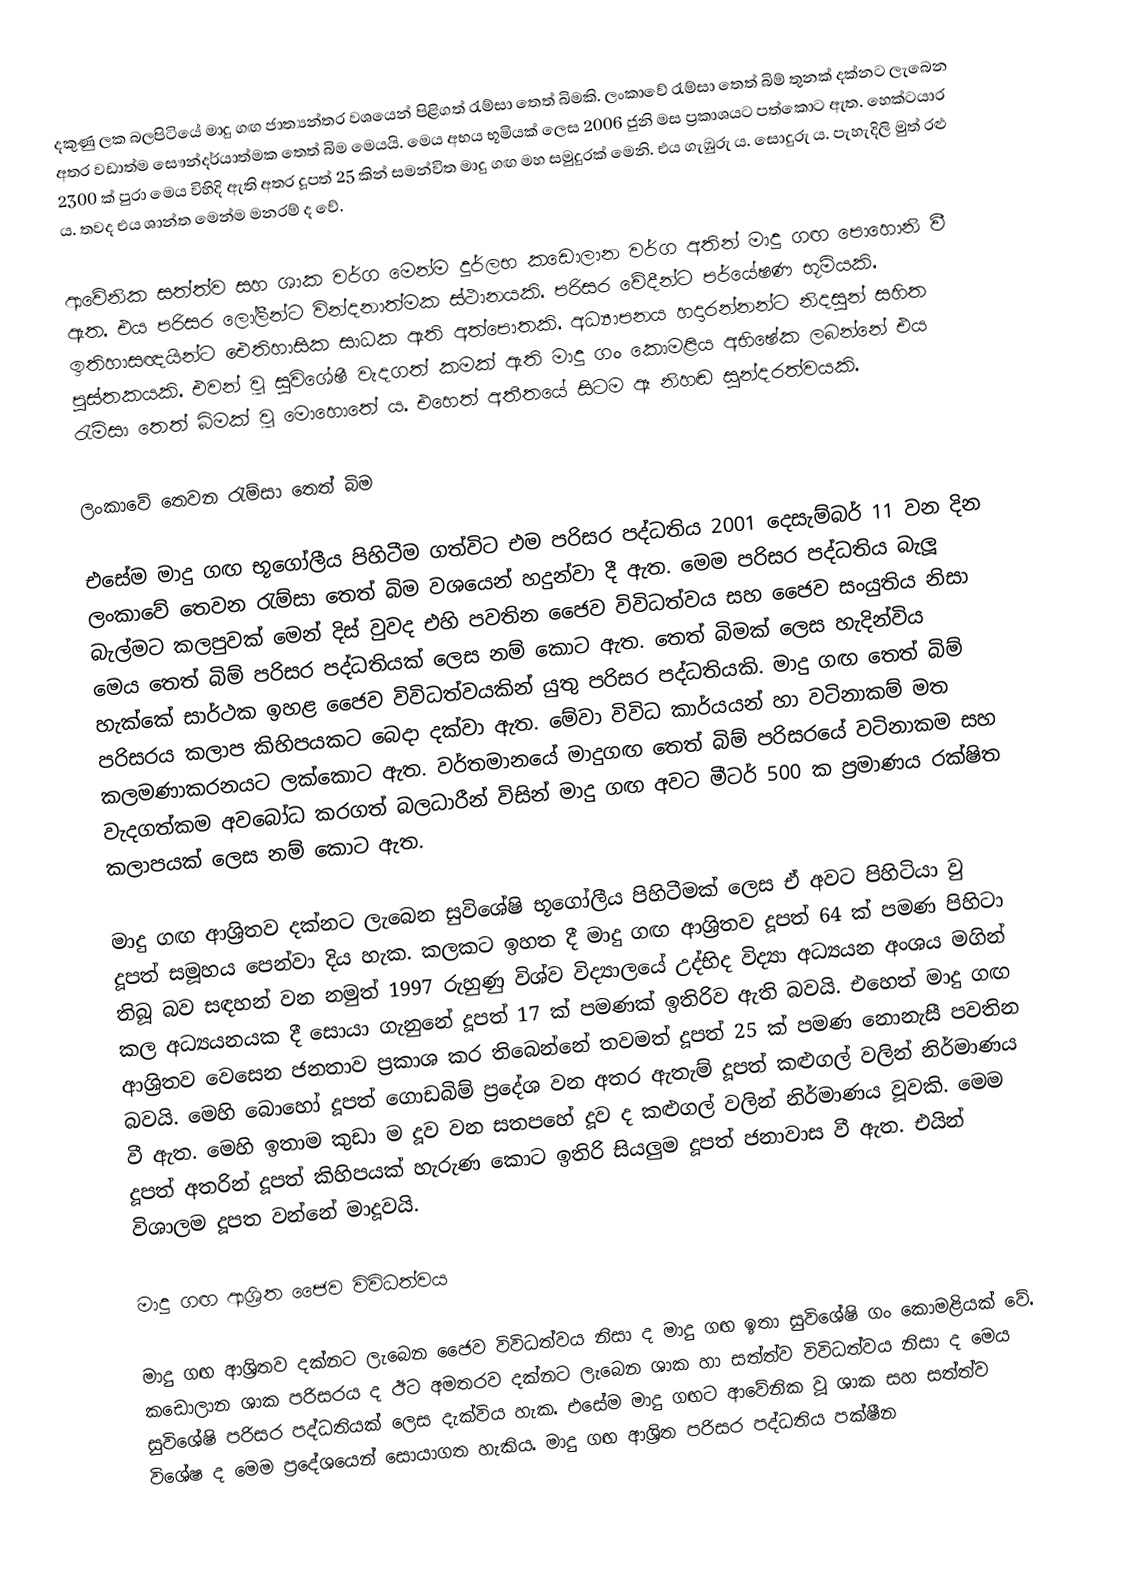
දකුණු ලක බලපිටියේ මාදු ගඟ ජාත්‍යන්තර වශයෙන් පිළිගත් රැම්සා තෙත් බිමකි. ලංකාවේ රැම්සා තෙත් බිම් තුනක් දක්නට ලැබෙන අතර වඩාත්ම සෞන්දර්යාත්මක තෙත් බිම මෙයයි. මෙය අභය භූමියක් ලෙස 2006 ජුනි මස ප්‍රකාශයට පත්කොට ඇත. හෙක්ටයාර 2300 ක් පුරා මෙය විහිදි ඇති අතර දූපත් 25 කින් සමන්විත මාදු ගඟ මහ සමුදුරක් මෙනි. එය ගැඹුරු ය. සොදුරු ය. පැහැදිලි මුත් රළු ය. තවද එය ශාන්ත මෙන්ම මනරම් ද වේ.

ආවේනික සත්ත්ව සහ ශාක වර්ග මෙන්ම දුර්ලභ කඩොලාන වර්ග අතින් මාදු ගඟ පොහොනි වී ඇත. එය පරිසර ලෝලීන්ට වින්දනාත්මක ස්ථානයකි. පරිසර වේදීන්ට පර්යේෂණ භූමියකි. ඉතිහාසඥයින්ට ඓතිහාසික සාධක ඇති අත්පොතකි. අධ්‍යාපනය හදාරන්නන්ට නිදසුන් සහිත පුස්තකයකි. එවන් වූ සුවි‍ශේෂී වැදගත් කමක් ඇති මාදු ගං කොමළිය අභිෂේක ලබන්නේ එය රැම්සා තෙත් බිමක් වූ මොහොතේ ය. එහෙත් අතීතයේ සිටම ඈ නිහඬ සුන්දරත්වයකි.

ලංකාවේ තෙවන රැම්සා තෙත් බිම

එසේම මාදු ගඟ  භූගෝලීය පිහිටීම ගත්විට එම පරිසර පද්ධතිය 2001 දෙසැම්බර් 11 වන දින ලංකාවේ තෙවන රැම්සා තෙත් බිම වශයෙන් හදුන්වා දී ඇත. මෙම පරිසර පද්ධතිය බැලූ බැල්මට කලපුවක් මෙන් දිස් වුවද එහි පවතින ජෛව විවිධත්වය සහ ජෛව සංයුතිය නිසා මෙය තෙත් බිම් පරිසර පද්ධතියක් ලෙස නම් කොට ඇත. තෙත් බිමක් ලෙස හැදින්විය හැක්කේ සාර්ථක ඉහළ ජෛව විවිධත්වයකින් යුතු පරිසර පද්ධතියකි. මාදු ගඟ  තෙත් බිම් පරිසරය කලාප කිහිපයකට බෙදා දක්වා ඇත. මේවා විවිධ කාර්යයන් හා වටිනාකම් මත කලමණාකරනයට ලක්කොට ඇත.  වර්තමානයේ මාදුගඟ තෙත් බිම් පරිසරයේ වටිනාකම සහ වැදගත්කම අවබෝධ කරගත් බලධාරීන් විසින් මාදු ගඟ අවට මීටර් 500 ක ප්‍රමාණය රක්ෂිත කලාපයක් ලෙස නම් කොට ඇත.

මාදු ගඟ  ආශ්‍රිතව දක්නට ලැබෙන සුවිශේෂි භූගෝලීය පිහිටීමක් ලෙස ඒ අවට පිහිටියා වු දූපත් සමූහය පෙන්වා දිය හැක. කලකට ඉහත දී මාදු ගඟ ආශ්‍රිතව දූපත් 64 ක් පමණ පිහිටා තිබූ බව සඳහන් වන නමුත් 1997 රුහුණු විශ්ව විද්‍යාල‍යේ උද්භිද විද්‍යා අධ්‍යයන අංශය මගින් කල අධ්‍යයනයක දී සොයා ගැනුනේ දූපත් 17 ක් පමණක් ඉතිරිව ඇති බවයි. එහෙත් මාදු ගඟ ආශ්‍රිතව වෙසෙන ජනතාව ප්‍රකාශ කර තිබෙන්නේ තවමත් දූපත් 25 ක් පමණ නොනැසී පවතින බවයි. මෙහි බොහෝ දූපත් ගොඩබිම් ප්‍රදේශ වන අතර ඇතැම් දූපත් කළුගල් වලින් නිර්මාණය වී ඇත. මෙහි ඉතාම කුඩා ම දූව වන සතපහේ දූව ද කළුගල් වලින් නිර්මාණය වූවකි. මෙම දූපත් අතරින් දූපත් කිහිපයක් හැරුණ කොට ඉතිරි සියලුම දූපත් ජනාවාස වී ඇත. එයින් විශාලම දූපත වන්නේ මාදූවයි.

මාදු ගඟ ආශ්‍රිත ජෛව විවිධත්වය

මාදු ගඟ  ආශ්‍රිතව දක්නට ලැබෙන ජෛව විවිධත්වය නිසා ද මාදු ගඟ ඉතා සුවිශේෂි ගං කොමළියක් වේ. කඩොලාන ශාක පරිසරය ද ඊට අමතරව දක්නට ලැබෙන ශාක හා සත්ත්ව විවිධත්වය නිසා ද මෙය සුවිශේෂි පරිසර පද්ධතියක් ලෙස දැක්විය හැක. එසේම මාදු ගඟට ආවේනික වූ ශාක සහ සත්ත්ව විශේෂ ද මෙම ප්‍රදේශයෙන් සොයාගත හැකිය. මාදු ගඟ ආශ්‍රිත පරිසර පද්ධතිය පක්ෂීන